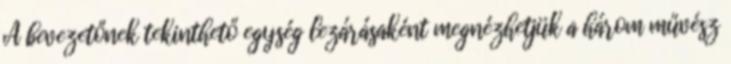
A bevezetőnek tekinthető egység lezárásaként megnézhetjük a három művész